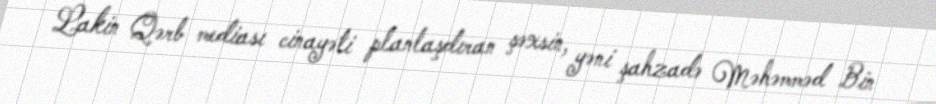
Lakin Qərb mediası cinayəti planlaşdıran şəxsin, yəni şahzadə Məhəmməd Bin